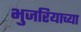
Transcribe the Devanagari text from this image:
भुजरियाच्या